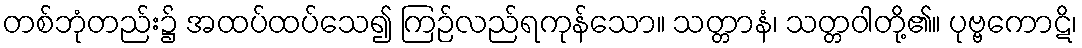
တစ်ဘုံတည်း၌ အထပ်ထပ်သေ၍ ကြဉ်လည်ရကုန်သော။ သတ္တာနံ၊ သတ္တဝါတို့၏။ ပုဗ္ဗကောဋိ၊